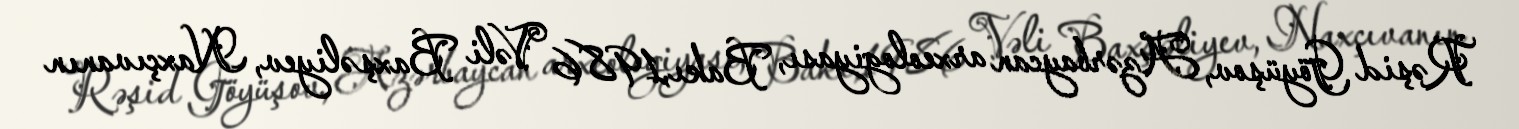
Rəşid Göyüşov, Azərbaycan arxeologiyası, Bakı,1986 Vəli Baxşəliyev, Naxçıvanın